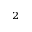
^ 2